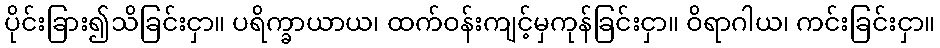
ပိုင်းခြား၍သိခြင်းငှာ။ ပရိက္ခာယာယ၊ ထက်ဝန်းကျင့်မှကုန်ခြင်းငှာ။ ဝိရာဂါယ၊ ကင်းခြင်းငှာ။